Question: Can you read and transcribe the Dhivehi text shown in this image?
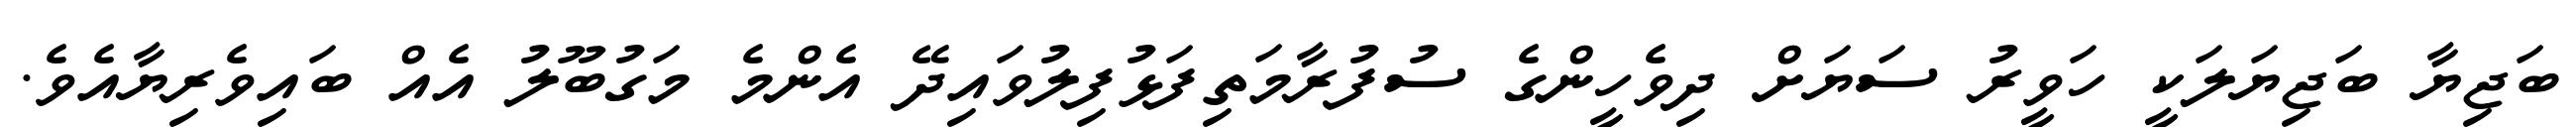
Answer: ބަޖިޔާ ބަޖިޔަލަކީ ހަވީރު ސަޔަށް ދިވެހީންގެ ސުފުރާމަތިފަޅުފިލުވައިދޭ އެންމެ މަގުބޫލު އެއް ބައިވެރިޔާއެވެ.